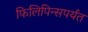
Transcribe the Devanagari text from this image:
फिलिपिन्सपर्यंत